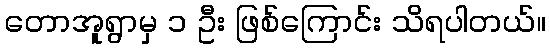
တောအူရွာမှ ၁ ဦး ဖြစ်ကြောင်း သိရပါတယ်။